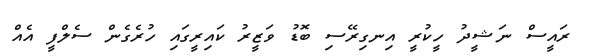
ރައީސް ނަޝީދު ހީކުރީ އިނގިރޭސި ބޮޑު ވަޒީރު ކައިރީގައި ހުރެގެން ސެލްފީ އެއް